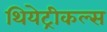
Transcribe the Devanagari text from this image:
थियेट्रीकल्स